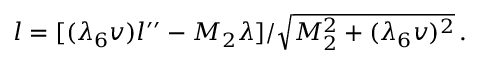
l = [ ( { \lambda _ { 6 } } v ) l ^ { \prime \prime } - M _ { 2 } { \lambda } ] / { \sqrt { M _ { 2 } ^ { 2 } + ( { \lambda _ { 6 } } v ) ^ { 2 } } } \, .